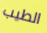
الطيب